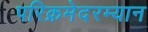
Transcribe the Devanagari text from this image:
परिक्रमेदरम्यान